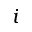
i